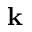
{ \bf k }